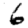
Digit: 6